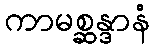
ကာမစ္ဆန္ဒာနံ